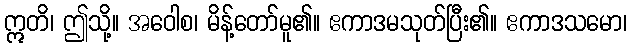
ဣတိ၊ ဤသို့။ အဝေါစ၊ မိန့်တော်မူ၏။ ဧကာဒမသုတ်ပြီး၏။ ဧကာဒသမော၊